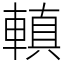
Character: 䡩